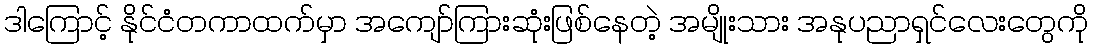
ဒါကြောင့် နိုင်ငံတကာထက်မှာ အကျော်ကြားဆုံးဖြစ်နေတဲ့ အမျိုးသား အနုပညာရှင်လေးတွေကို